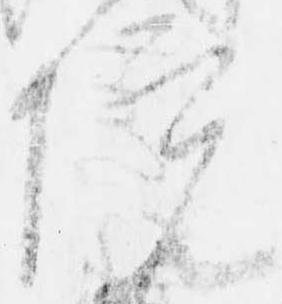
院